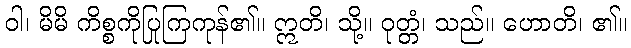
ဝါ၊ မိမိ ကိစ္စကိုပြုကြကုန်၏။ ဣတိ၊ သို့။ ဝုတ္တံ၊ သည်။ ဟောတိ၊ ၏။